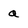
Character: Q